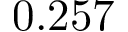
0 . 2 5 7